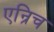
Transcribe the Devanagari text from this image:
एन्रिच